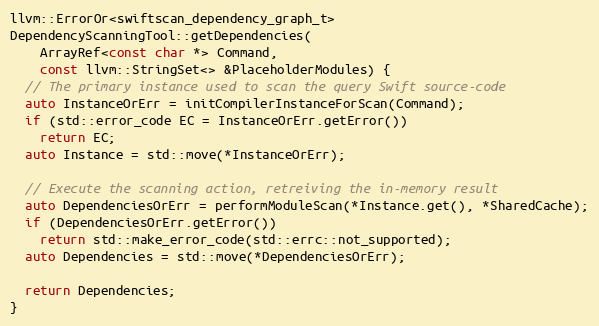
Language: C++
llvm::ErrorOr<swiftscan_dependency_graph_t>
DependencyScanningTool::getDependencies(
    ArrayRef<const char *> Command,
    const llvm::StringSet<> &PlaceholderModules) {
  // The primary instance used to scan the query Swift source-code
  auto InstanceOrErr = initCompilerInstanceForScan(Command);
  if (std::error_code EC = InstanceOrErr.getError())
    return EC;
  auto Instance = std::move(*InstanceOrErr);

  // Execute the scanning action, retreiving the in-memory result
  auto DependenciesOrErr = performModuleScan(*Instance.get(), *SharedCache);
  if (DependenciesOrErr.getError())
    return std::make_error_code(std::errc::not_supported);
  auto Dependencies = std::move(*DependenciesOrErr);

  return Dependencies;
}